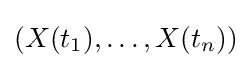
(X({t_{1}}),\dots ,X({t_{n}}))